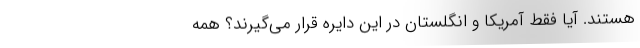
هستند. آیا فقط آمریکا و انگلستان در این دایره قرار می‌گیرند؟ همه